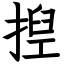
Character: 揑